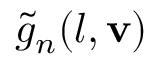
\tilde { g } _ { n } ( l , { \bf v } )